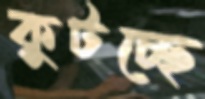
কুটচ্ছে